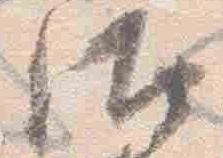
汰